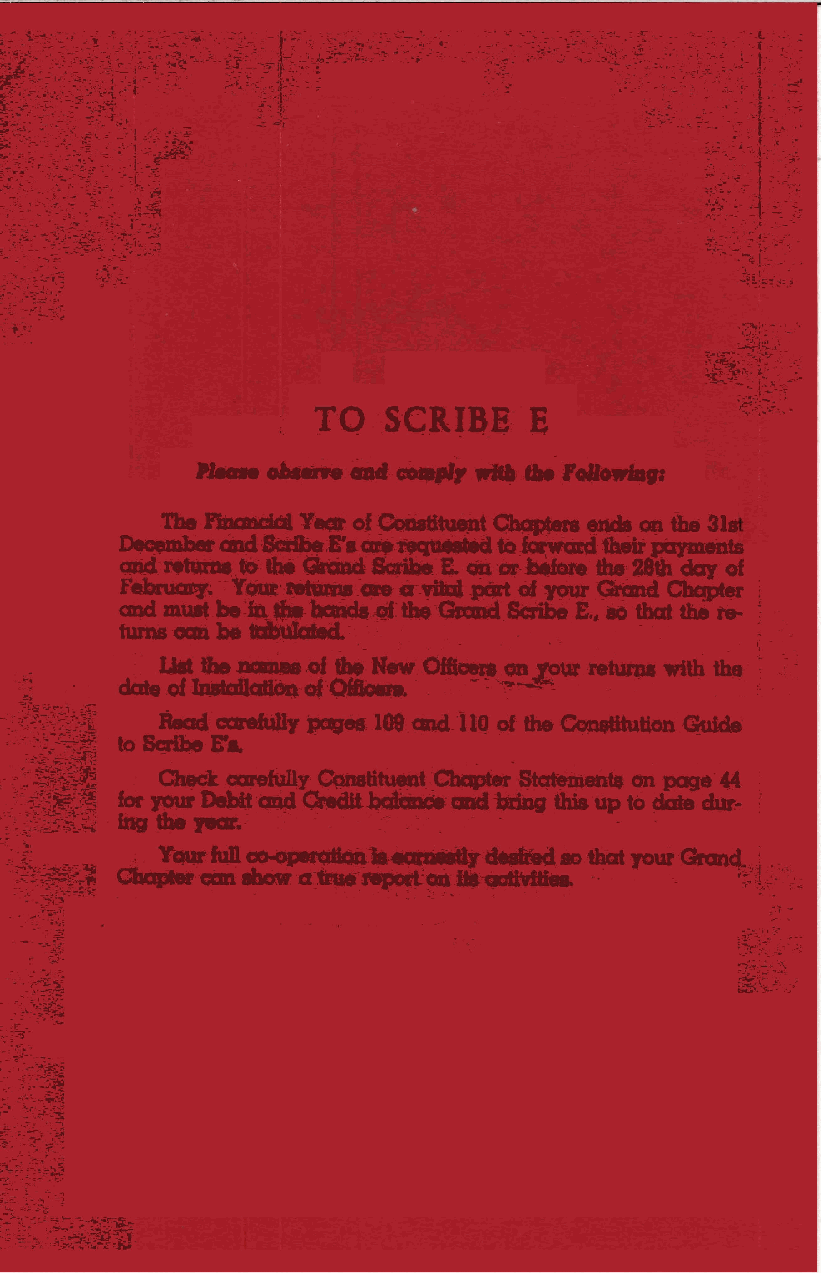
E
 f·Q
 ---_s·C&fB~ll".
 _..._=    ... ...,, ..., _ ....
 -t. ..
 g;
 Tbe ~    Y. .. of·~---~     @!Ida-.~ the 31-.
 ,...,Jw-~~S;:z& ...; ~·--~~to~-tllelr ptqm.ent~
 qof
 Qldc~fO::Ibe-Chrac~Sc;dbe-e_ ~----:· -~·tbe·28th
 Fel.umyo ,y.._. .. __a.-·a:,.,.;:'at-~ -~ ~
 cmd DUJ~t_be]ll. . ,._ .. _._.Rf u.-·GsaDct-_SCribe :E., ao ·that the. nt-
 ·    .·           -·
 tums·aaaae~>.                             ~.-
 :- .Liat the ____0 1 .... New.-~. .OD :YO\If.·fetuml with 0. ·-
 ~.a.; -.._ .of .1_· . ... ~... ·.·. . .. ···. . W~ . ...f. ~_ ::.- ~-' . . _-,. . ,_-~ .. ... ..-,...·....·.._."'i·//!-i,sf - .
 -.tf~~Co..!i_~ Jiaad c:arefiillr --~--Qad_llCJ ~ the Co.netiluUan Qufda
 -;,:IJ.~ib~~~~:~~
 ~'       y-__.11$~~~-tbc:d               JOUrGmn\_,~ ;,'··,
 c_       ' ..
 -·;'(:~'fi.il Cbaa**caa.,_e~_.~~Bihi..C._    -   ,.", -,,
 .- c:ij
 ----                                            ~-.i' --
 ~ ·~·~                                         ~-{..; __ ;;, 'i\
 ~:~~x::>'
 _":~~
 ~-~-~-
 :il:t
 ~:·~-~~~~~
 ~\~}~i~~~
 ~~}~[~~